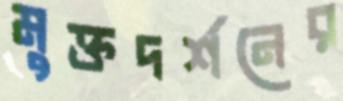
মুক্তদর্শনের